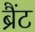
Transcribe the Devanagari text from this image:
ब्रैंट